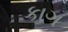
કાગ